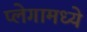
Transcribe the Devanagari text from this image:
प्लेगामध्ये